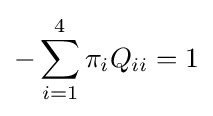
-\sum _{i=1}^{4}\pi _{i}Q_{ii}=1